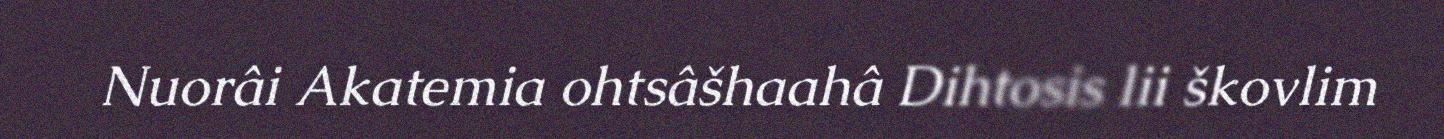
Nuorâi Akatemia ohtsâšhaahâ Dihtosis lii škovlim